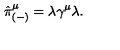
\hat { \pi } _ { ( - ) } ^ { \mu } = \lambda \gamma ^ { \mu } \lambda .